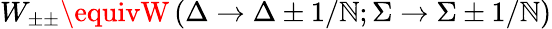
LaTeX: W_{\pm\pm}\equivW\left(\Delta\to\Delta\pm1/\mathbb{N};\Sigma\to\Sigma\pm1/\mathbb{N}\right)